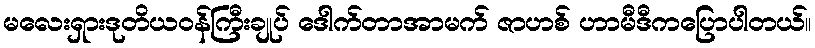
မလေးရှားဒုတိယဝန်ကြီးချုပ် ဒေါက်တာအာမက် ဇာဟစ် ဟာမီဒီကပြောပါတယ်။